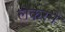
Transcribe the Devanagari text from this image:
लेकरने